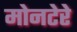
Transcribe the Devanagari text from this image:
मोनटेरे